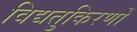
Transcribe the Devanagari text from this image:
विद्यतुकिरणों